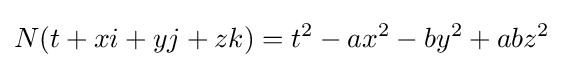
N(t+xi+yj+zk)=t^{2}-ax^{2}-by^{2}+abz^{2}\